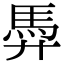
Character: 馵